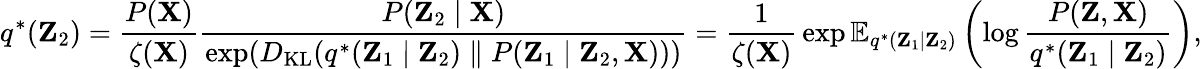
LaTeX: q^{*}(\mathbf{Z}_{2})={\frac{P(\mathbf{X})}{\zeta(\mathbf{X})}}{\frac{P(\mathbf{Z}_{2}\mid\mathbf{X})}{\exp(D_{\mathrm{KL}}(q^{*}(\mathbf{Z}_{1}\mid\mathbf{Z}_{2})\parallel P(\mathbf{Z}_{1}\mid\mathbf{Z}_{2},\mathbf{X})))}}={\frac{1}{\zeta(\mathbf{X})}}\exp\mathbb{E}_{q^{*}(\mathbf{Z}_{1}\mid\mathbf{Z}_{2})}\left(\log{\frac{P(\mathbf{Z},\mathbf{X})}{q^{*}(\mathbf{Z}_{1}\mid\mathbf{Z}_{2})}}\right),